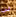
لن